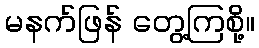
မနက်ဖြန် တွေ့ကြစို့။